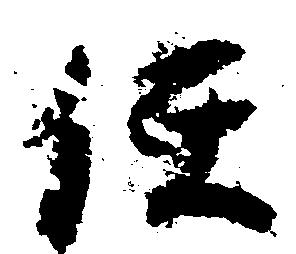
任